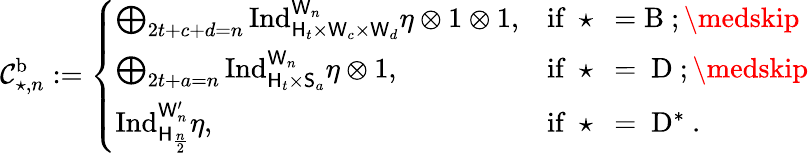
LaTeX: \mathcal{C}_{\star,n}^{\mathrm b}:=\left\{ \begin{array}{ll}{\bigoplus_{\substack{2t+c+d=n}}\mathrm{Ind}_{\mathsf{H}_{t}\times\mathsf{W}_{c}\times\mathsf{W}_{d}}^{\mathsf{W}_{n}}\eta\otimes 1\otimes 1,}&{\mathrm{if~\star~=B~};\medskip}\\ {\bigoplus_{\substack{2t+a=n}}\mathrm{Ind}_{\mathsf{H}_{t}\times\mathsf{S}_{a}}^{\mathsf{W}_{n}}\eta\otimes 1,}&{\mathrm{if~\star~=~D~};\medskip}\\ {\mathrm{Ind}_{\mathsf{H}_{\frac{n}{2}}}^{\mathsf{W}_{n}^{\prime}}\eta,}&{\mathrm{if~\star~=~D^*~}.}\end{array}\right.